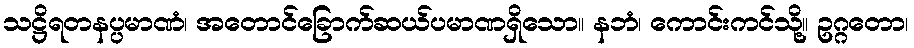
သဋ္ဌိရတနပ္ပမာဏံ၊ အတောင်ခြောက်ဆယ်ပမာဏရှိသော။ နဘံ၊ ကောင်းကင်သို့။ ဥဂ္ဂတော၊